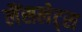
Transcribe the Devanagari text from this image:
लैंसलेट्स